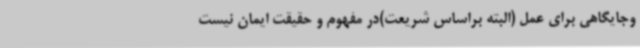
وجایگاهی برای عمل (البته براساس شریعت)در مفهوم و حقیقت ایمان نیست